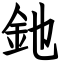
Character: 釶